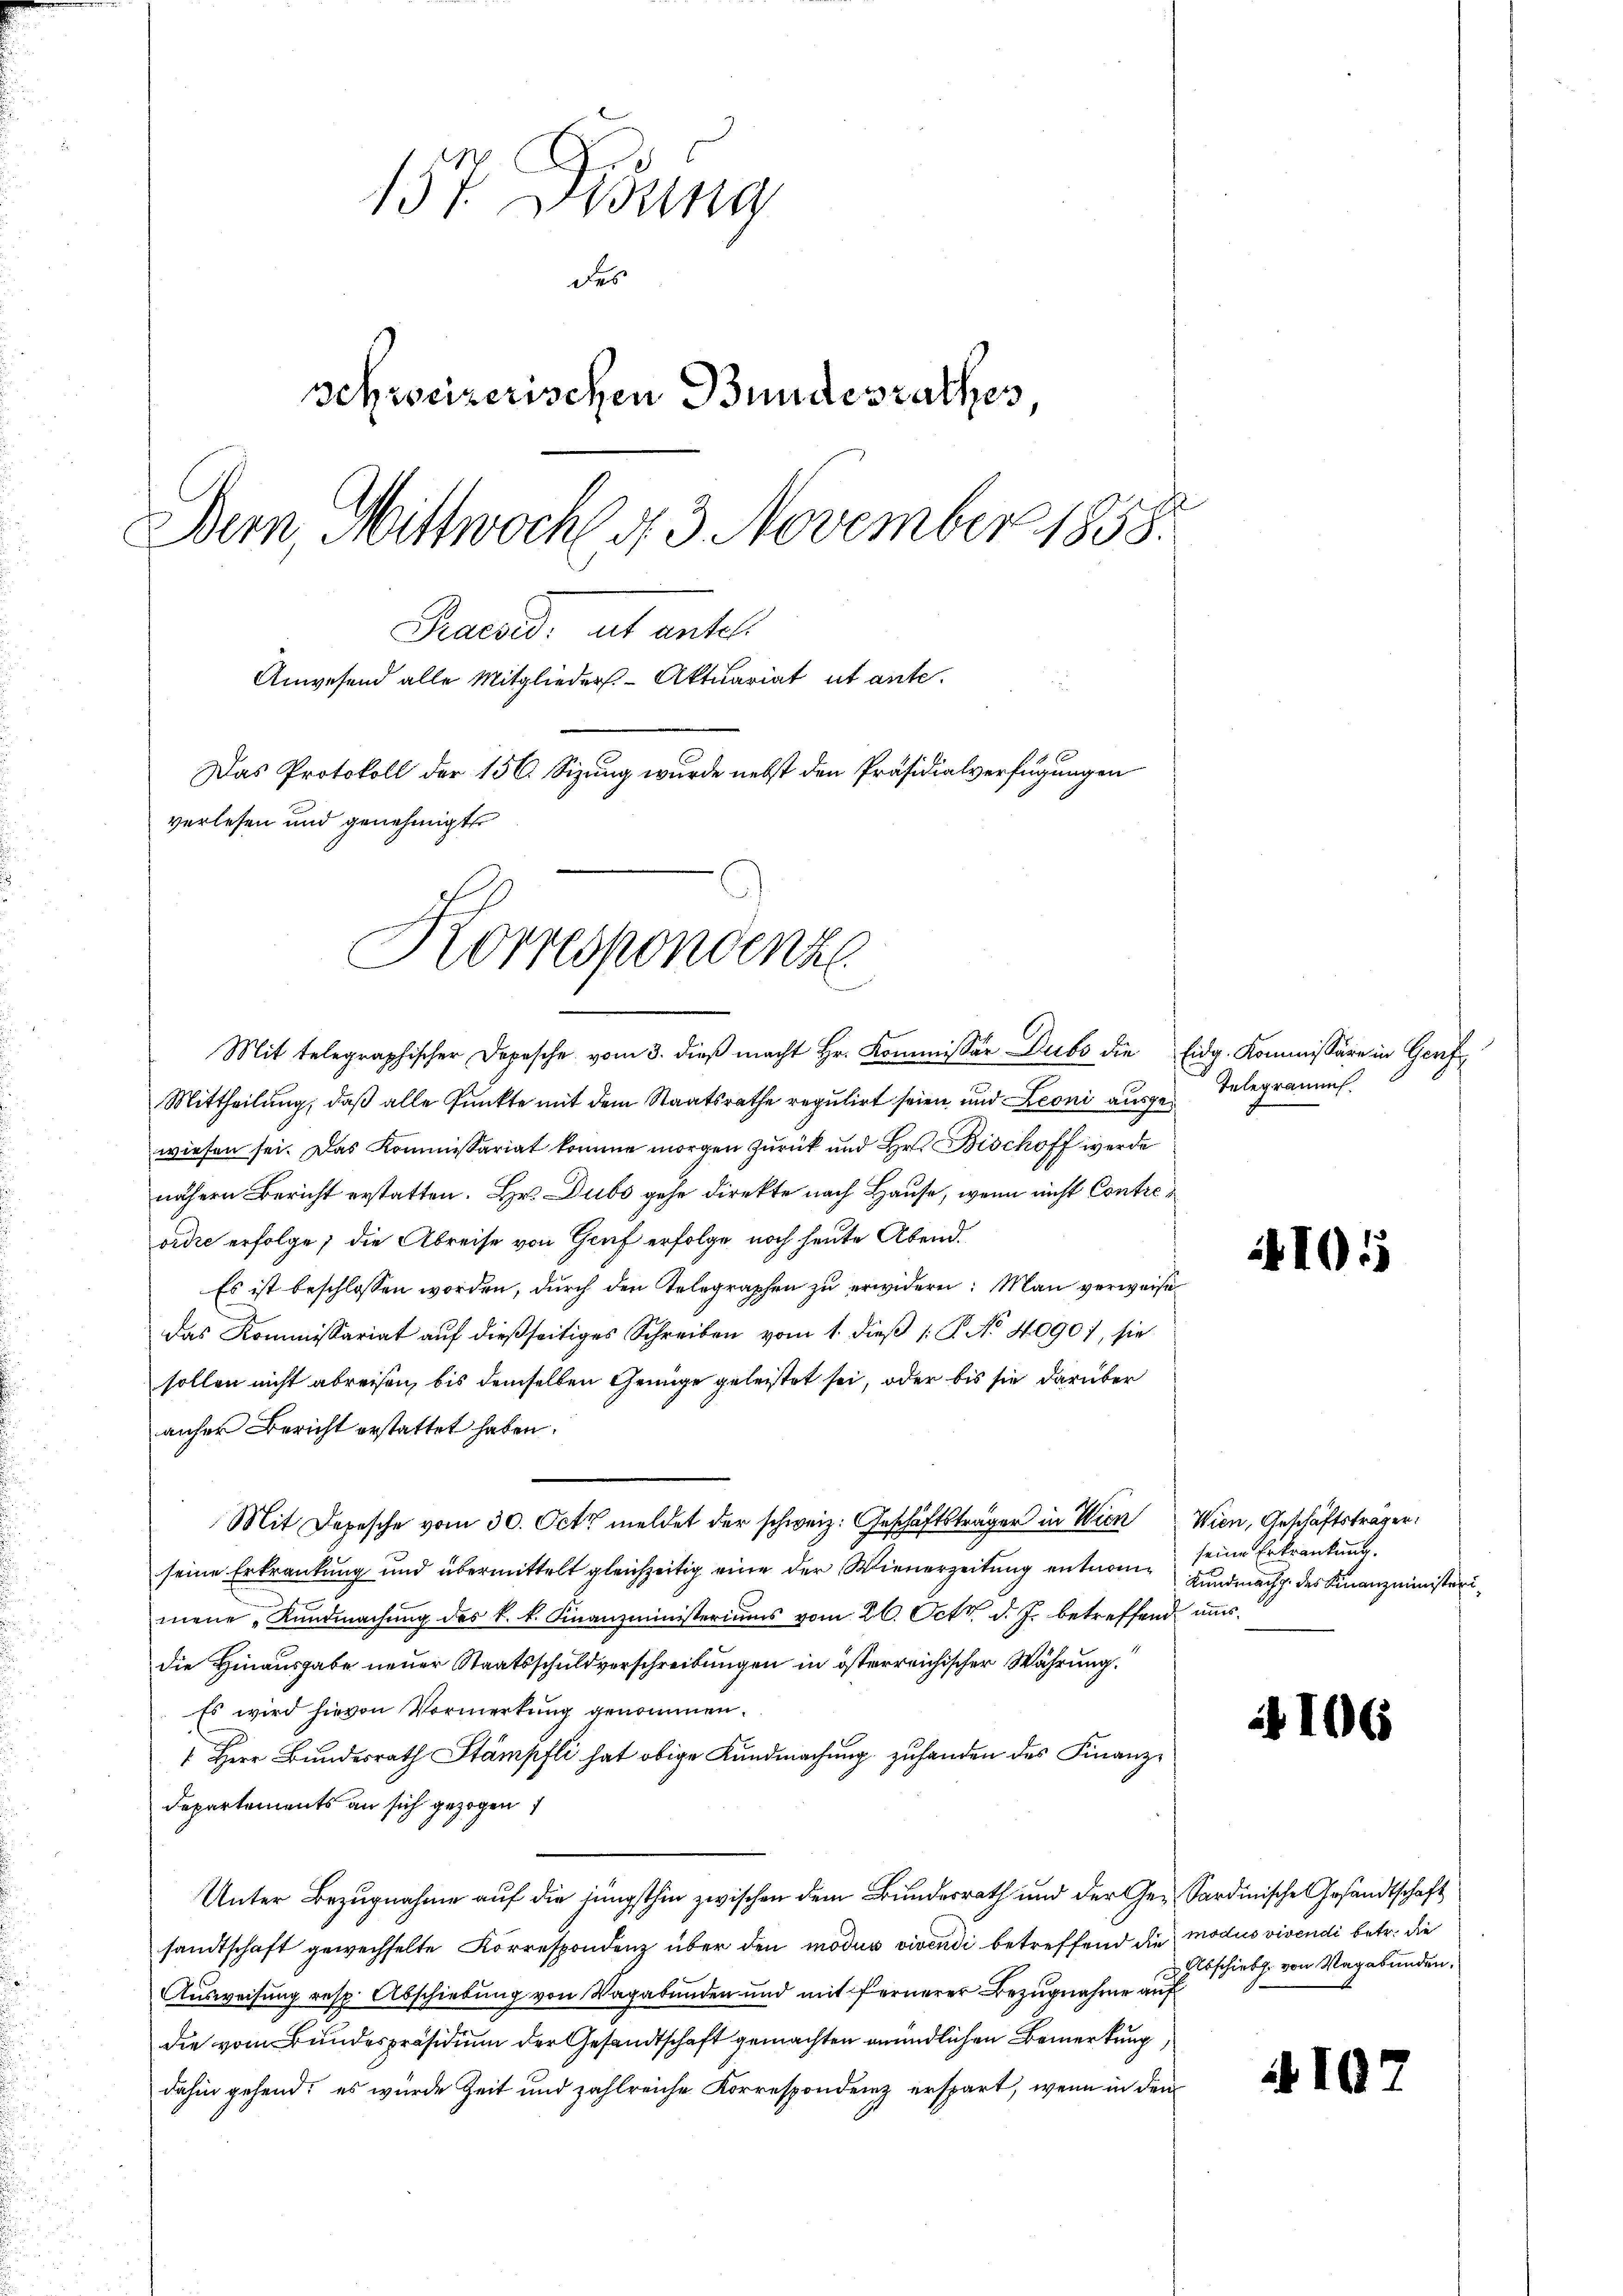
157. Disung
des
schweizerischen Bundesrathes,
Bern, Mittwoch d. 3. November 1858.
Praesid. ut entel
Anwesend alle Mitglieder Aktuariat ut ante.
Das Protokoll der 156. Sizung wurde nebst den Präsidialverfügungen
verlesen und genehmigt
Korrespondenz

Mittheilung, daß alle Punkte mit dem Staatsrathe regulirt seien und Leoni ausgewiesen sei. Das Kommissariat komme morgen zurück und Hr. Bischoff werde
nähern Bericht erstatten. Hr. Dubs gehe direkte nach Hause, wenn nicht Contrevidie erfolge, die Abreise von Graf erfolge noch heute Abend.
Es ist beschlossen worden, durch den Telegraphen zu erwidern: Man verweise
das Kommissariat auf dießseitiges Schreiben vom 1. dieß P. No 4090), sie
sollen nicht abreisen, bis demselben Genüge geleistet sei, oder bis sie darüber
anher Bericht erstattet haben.
Mit Depesche vom 30. Oct. meldet der schweiz. Geschäftsträger in Wien
seine Erkrankung und übermittelt gleichzeitig eine der Wienerzeitung entnome
mene Kundmachung des k. k. Finanzministeriums vom 26. Oct. d. J. betreffend uns
die Hinausgabe neuer Staatsschuldverschreibungen in österreichischer Währung.
Es wird hievon Vormerkung genommen.
 Herr Bundesrath Stämpfli hat obige Kundmachung zuhanden des Finanz¬
Departements an sich gezogen
Unter Bezugnahme auf die jüngsthin zwischen dem Bundesrath und der Ge- Sardinische Gesandtschaft
sandtschaft gewechselte Korrespondenz über den modus vivendi betreffend die modus vivendi betr. die
Ausweisung resp. Abschiebung von Vagabunden und mit fernerer Bezugnahme auf
die vom Bundespräsidium der Gesandtschaft gemachten mündlichen Bemerkung
dahin gehend; es wurde Zeit und zahlreiche Korrespondenz erspart, wenn in den

Mit telegraphischer Dopasche vom 3. dieβ macht Hr. Kommissär Dubs die Eidg. Kommissäre in Genf

Telegramms.

101

Wien, Geschäftsträger.
seine Erkrankung.
Kundmachg. des Finanzministeri¬

106

I

Abschiebh. von Vagabunden.